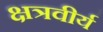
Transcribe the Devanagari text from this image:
क्षत्रवीर्य